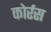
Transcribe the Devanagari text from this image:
कोर्रस